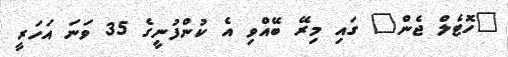
"ހޮޓެލް ޖެން" ގައި މިރޭ ބޭއްވި އެ ކުންފުނީގެ 35 ވަނަ އަހަރީ